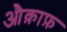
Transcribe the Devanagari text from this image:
औक़ाफ़